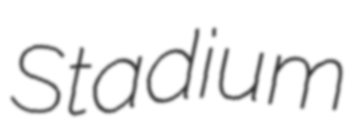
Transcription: Stadium